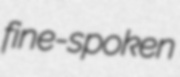
fine-spoken